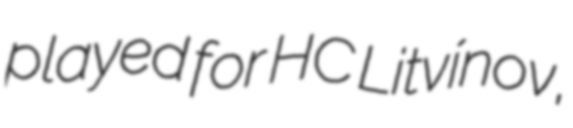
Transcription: played for HC Litvínov,